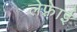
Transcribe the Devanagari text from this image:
लेफ़्रेाई